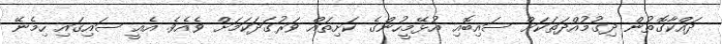
ދައްކާގޮތުން ދިގުމުއްދަތަކަށް ސައިބޮއި އުޅޭމީހުންގެ ކަށިތައް ވަރުގަދަކަމަށް ވެއެވެ. އެއީ ސައިގައި ހިމެނޭ